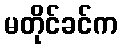
မတိုင်ခင်က